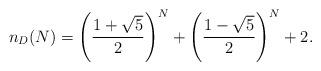
LaTeX: \begin{align*}n_D(N)=\left(\frac{1+\sqrt 5}{2}\right)^N +\left(\frac{1-\sqrt 5}{2}\right)^N+2.\end{align*}